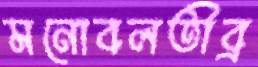
মনোবলতীব্র